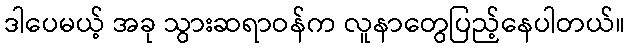
ဒါပေမယ့် အခု သွားဆရာဝန်က လူနာတွေပြည့်နေပါတယ်။